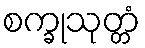
စက္ခုသုတ္တံ